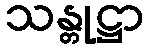
သန္တုဋ္ဌာ